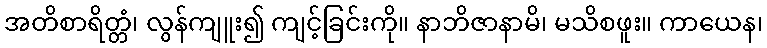
အတိစာရိတ္တံ၊ လွန်ကျူး၍ ကျင့်ခြင်းကို။ နာဘိဇာနာမိ၊ မသိစဖူး။ ကာယေန၊